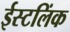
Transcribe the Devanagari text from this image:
ईस्टलिंक